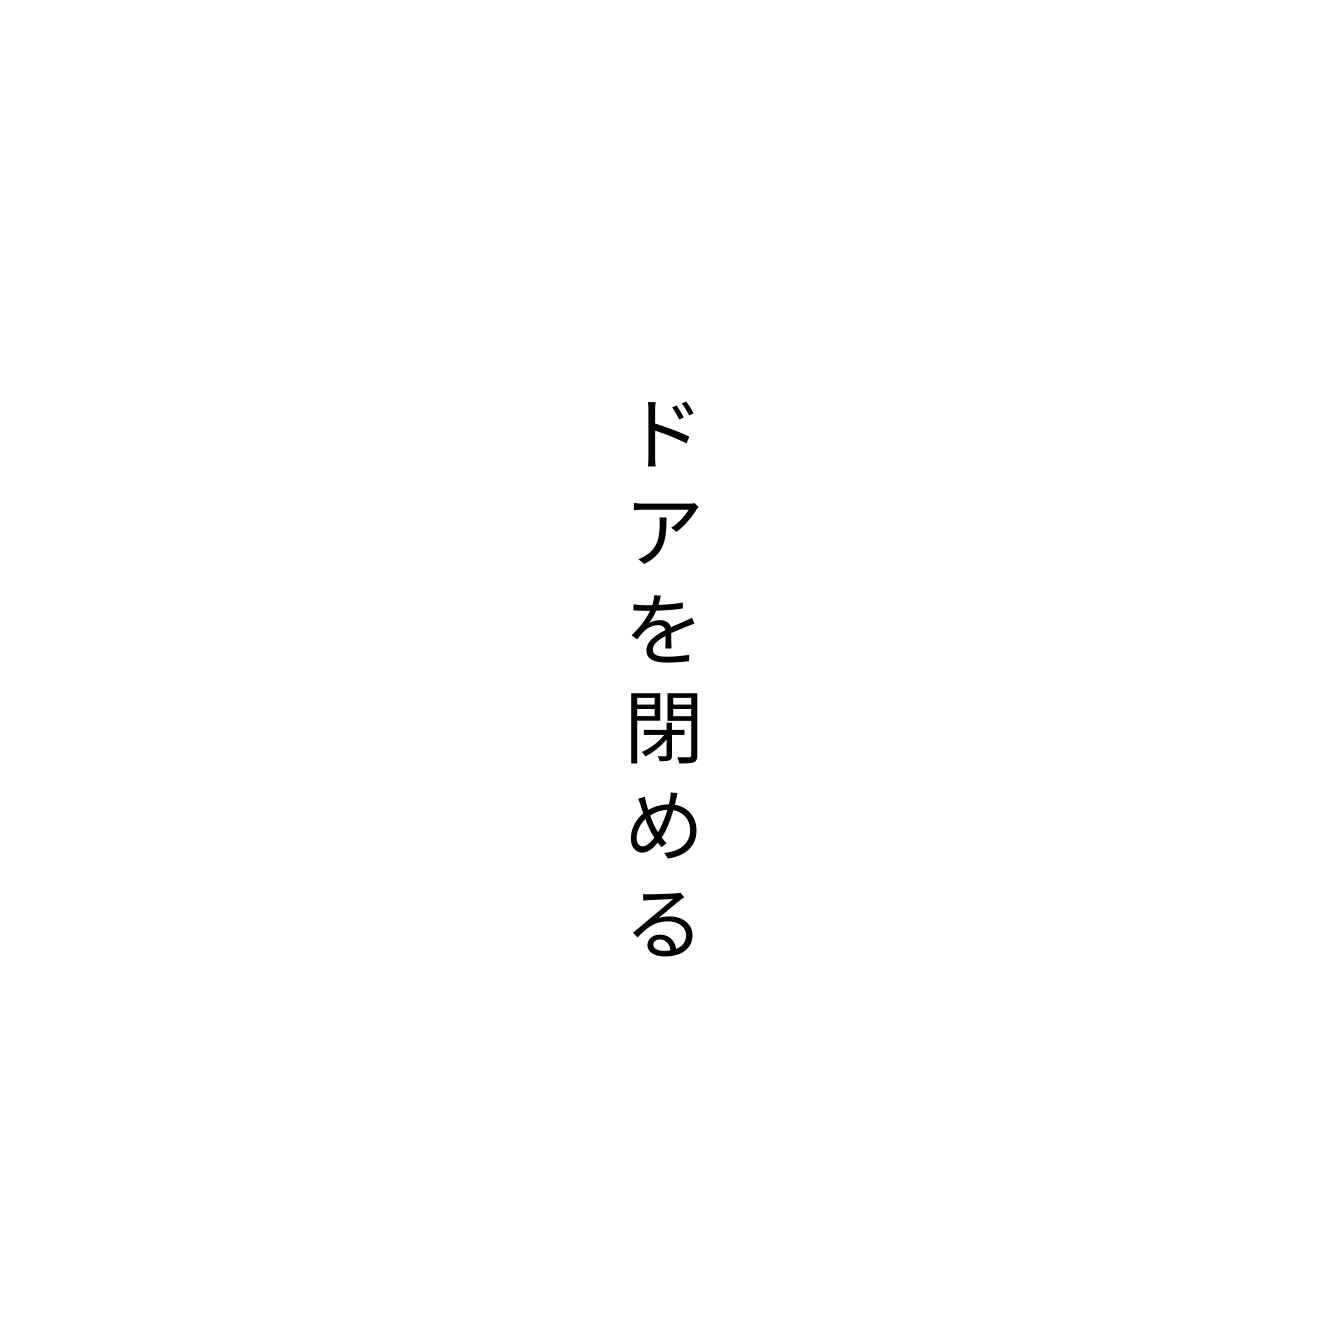
ドアを閉める